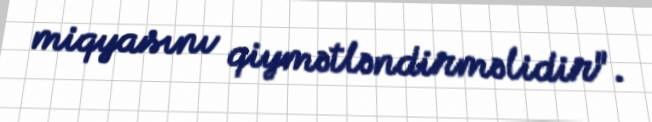
miqyasını qiymətləndirməlidir".